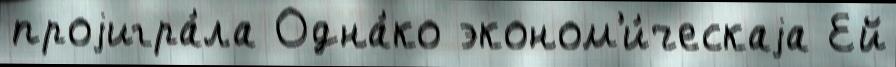
проjигра́ла Одна́ко эконом'и́ческаjа Ей